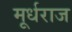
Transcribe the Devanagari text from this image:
मूर्धराज